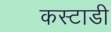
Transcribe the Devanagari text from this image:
कस्टाडी